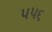
૫૫૬